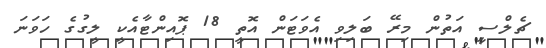
ޗެލްސީ އަތުން މިރޭ ބަލިވި އެވަޓަން އޮތީ 18 ޕޮއިންޓާއެކީ ލީގުގެ ހަވަނަ